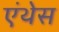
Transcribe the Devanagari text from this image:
एंथेस